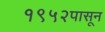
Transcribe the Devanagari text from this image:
१९५२पासून